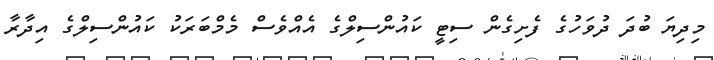
މިދިޔަ ބުދަ ދުވަހުގެ ފެށިގެން ސިޓީ ކައުންސިލްގެ އެއްވެސް މެމްބަރަކު ކައުންސިލްގެ އިދާރާ